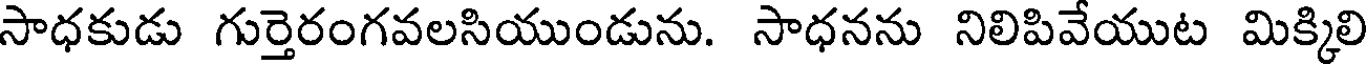
సాధకుడు గుర్తెరంగవలసియుండును. సాధనను నిలిపివేయుట మిక్కిలి